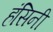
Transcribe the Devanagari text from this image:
हंसिनी